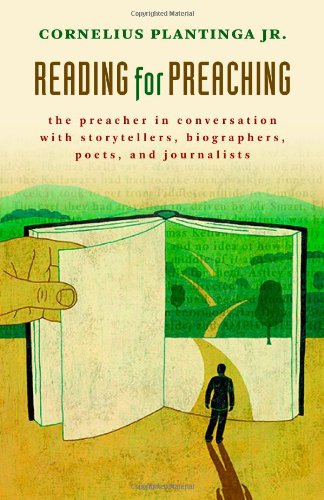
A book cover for Reading for Preaching: The Preacher in Conversation with Storytellers, Biographers, Poets, and Journalists; Cornelius Plantinga Jr.; Christian Books & Bibles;